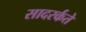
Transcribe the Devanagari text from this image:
सादरर्कते